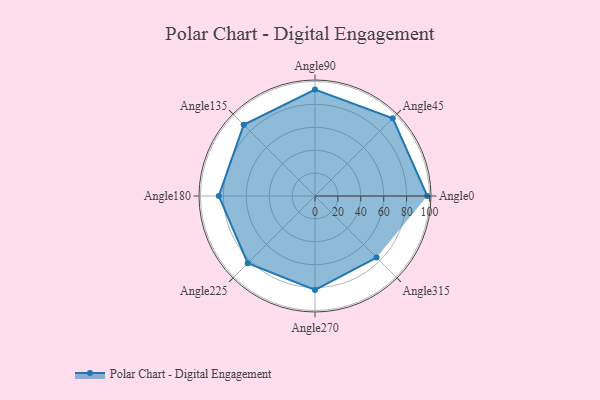
{"axis": {"x": "Angle", "y": "Radius"}, "legend": [""], "data": [{"x": "Angle0", "y": 98.0, "type": ""}, {"x": "Angle45", "y": 96.0, "type": ""}, {"x": "Angle90", "y": 93.0, "type": ""}, {"x": "Angle135", "y": 88.0, "type": ""}, {"x": "Angle180", "y": 84.0, "type": ""}, {"x": "Angle225", "y": 83.0, "type": ""}, {"x": "Angle270", "y": 82.0, "type": ""}, {"x": "Angle315", "y": 76.0, "type": ""}]}